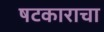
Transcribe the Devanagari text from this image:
षटकाराचा